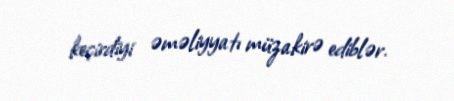
keçirdiyi əməliyyatı müzakirə ediblər.